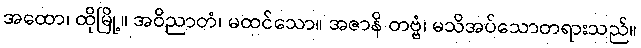
အထော၊ ထိုမြို့။ အဝိညာတံ၊ မထင်သော။ အဇာနိ တဗ္ဗံ၊ မသိအပ်သောတရားသည်။